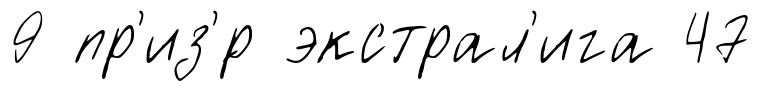
9 пр'из'́р экстрал'ига 47